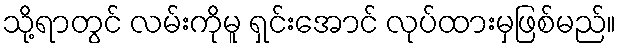
သို့ရာတွင် လမ်းကိုမူ ရှင်းအောင် လုပ်ထားမှဖြစ်မည်။